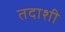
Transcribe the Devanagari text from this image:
तदाशी